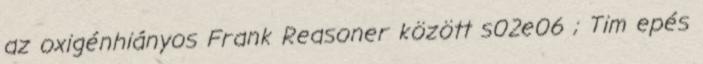
az oxigénhiányos Frank Reasoner között s02e06 ; Tim epés